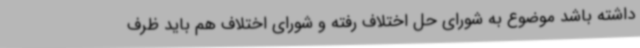
داشته باشد موضوع به شورای حل اختلاف رفته و شورای اختلاف هم باید ظرف